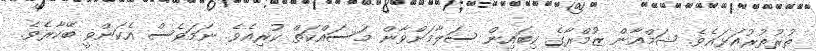
ތުރުތުރުއަޅައެވެ. ޝަމްއާން ޒުމްރާގެ ކިބައިން ސަލާމަށްވާން މަސައްކަތް ކުރިއެވެ. ނަމަވެސް އެކަންވީ ބޭކާރެވެ.